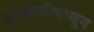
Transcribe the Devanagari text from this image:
साखळीपासून